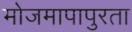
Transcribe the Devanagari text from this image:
मोजमापापुरता